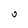
Character: 0